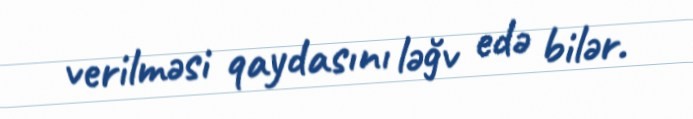
verilməsi qaydasını ləğv edə bilər.